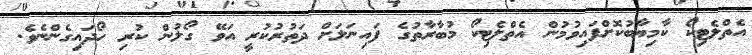
އެތްލެޓިކޯ ކާމިޔާބުކޮށްފައިވުމުން އެތްލެޓިކޯ މުބާރާތުގެ ފައިނަލަށް ދަތުރުކުރީ އަވޭ ގޯލުން ކުރި ހޯދައިގެންނެވެ.